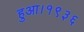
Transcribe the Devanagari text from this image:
हुआ।१९३६